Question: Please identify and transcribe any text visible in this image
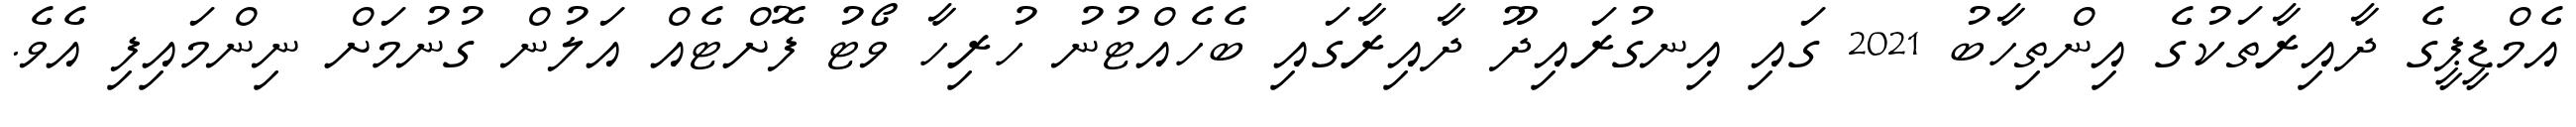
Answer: އެމްޑީޕީގެ ދާއިރާތަކުގެ އިންތިހާބު 2021 ގައި އިނގުރައިދޫ ދާއިރާގައި ބެހެއްޓުނު ހުރިހާ ވޯޓު ފޮށްޓެއް އަލުން ގުނުމަށް ނިންމައިފި އެވެ.